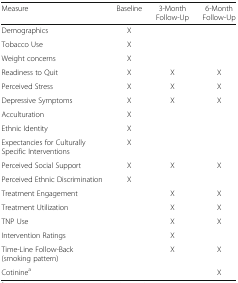
| Measure | Baseline | 3-Month Follow-Up | 6-Month Follow-Up |
 | --- | --- | --- | --- |
 | Demographics | X |  |  |
 | Tobacco Use | X |  |  |
 | Weight concerns | X |  |  |
 | Readiness to Quit | X | X | X |
 | Perceived Stress | X | X | X |
 | Depressive Symptoms | X | X | X |
 | Acculturation | X |  |  |
 | Ethnic Identity | X |  |  |
 | Expectancies for Culturally Specific Interventions | X |  |  |
 | Perceived Social Support | X | X | X |
 | Perceived Ethnic Discrimination | X |  |  |
 | Treatment Engagement |  | X | X |
 | Treatment Utilization |  | X | X |
 | TNP Use |  | X | X |
 | Intervention Ratings |  | X |  |
 | Time-Line Follow-Back (smoking pattern) |  | X | X |
 | Cotininea |  |  | X |